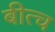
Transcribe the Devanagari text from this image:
बीत्च